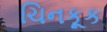
ચિનકૂક